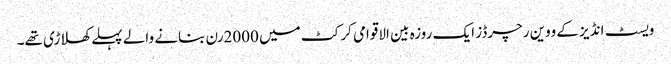
ویسٹ انڈیز کے ووین رچرڈز ایک روزہ بین الاقوامی کرکٹ میں 2000رن بنانے والے پہلے کھلاڑی تھے۔